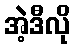
အဲ့ဒီလို